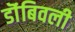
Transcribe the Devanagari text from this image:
डॊंबिवली